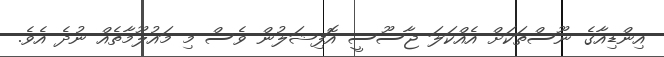
އިންޑިއާގެ ނޫސްތަކަށް އެއްކަލަ ޖާސޫސީ އޮފިޝަލުން ވެސް މި މައުލޫމާތެއް ނުދެ އެވެ.